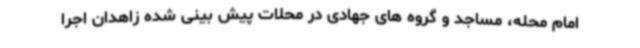
امام محله، مساجد و گروه های جهادی در محلات پیش بینی شده زاهدان اجرا